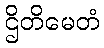
ဌိတိမေတံ